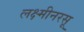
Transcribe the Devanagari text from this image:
लक्ष्मीनरसू